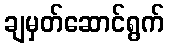
ချမှတ်ဆောင်ရွက်